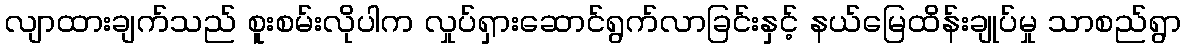
လျာထားချက်သည် စူးစမ်းလိုပါက လှုပ်ရှားဆောင်ရွက်လာခြင်းနှင့် နယ်မြေထိန်းချုပ်မှု သာစည်ရွာ